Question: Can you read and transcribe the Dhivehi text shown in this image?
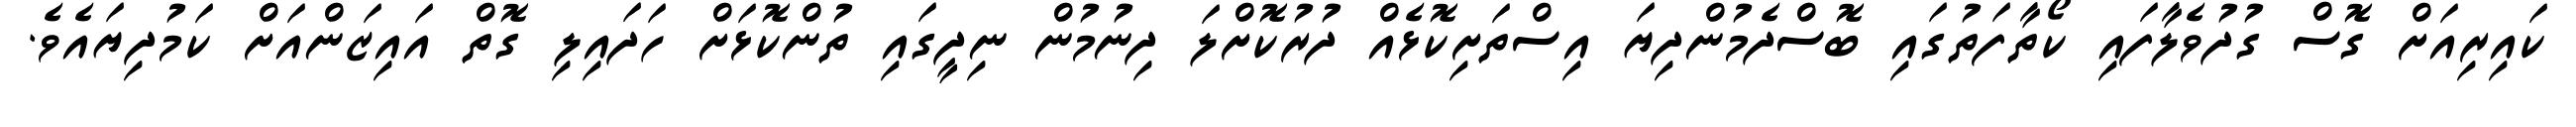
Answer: ކައިރިއަށް ގޮސް ގުދުވެލާފައި ކޯތާފަތުގައި ބޮސްދެމުންދިޔަ އިސްތަށިކޮޅެއް ދުރުކޮށްލަ ދިނުމުން ނިދީގައި ތުންކޮޅަށް ހަދައިލި ގޮތް އައިޒަންއަށް ކަމުދިޔައެވެ.